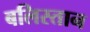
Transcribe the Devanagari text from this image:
बलिस्तान